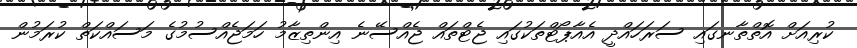
ކުރިއަށް އޮތްތާނގައި ސަރަހައްދީ އެއާޕޯޓްތަކުގައި ޖެޓްތައް ޖެއްސޭނެ އިންތިޒާމު ހަމަޖެއްސުމުގެ މަސައްކަތް ކުރަމުން